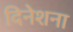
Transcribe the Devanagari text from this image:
दिनेशना